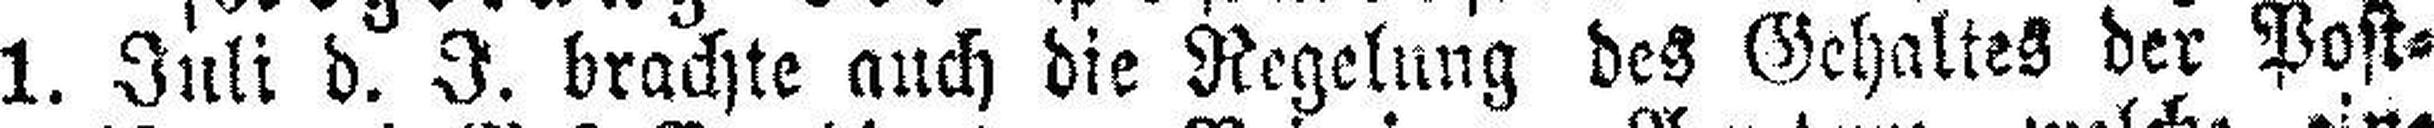
1. Juli d. J. brachte auch die Regelung des Gehaltes der Post¬